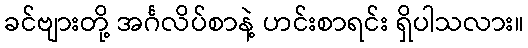
ခင်ဗျားတို့ အင်္ဂလိပ်စာနဲ့ ဟင်းစာရင်း ရှိပါသလား။